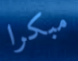
مبكرا